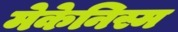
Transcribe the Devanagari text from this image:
मेकेनिस्म